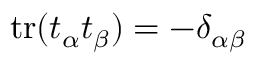
\mathop { \mathrm { t r } } ( t _ { \alpha } t _ { \beta } ) = - \delta _ { \alpha \beta }